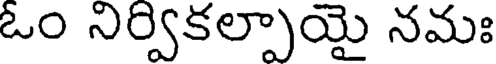
ఓం నిర్వికల్పాయై నమః